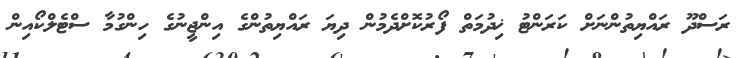
ރަސްދޫ ރައްޔިތުންނަށް ކަރަންޓު ޚިދުމަތް ފޯރުކޮށްދެމުން ދިޔަ ރައްޔިތުންގެ އިންޖީނުގެ ހިންގުމާ ސްޓެލްކޯއިން